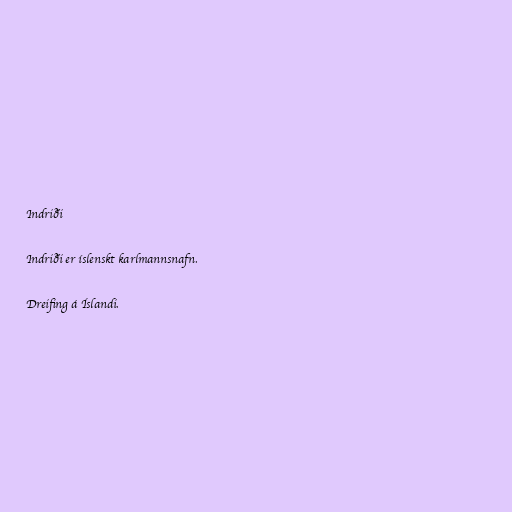
Indriði

Indriði er íslenskt karlmannsnafn.

Dreifing á Íslandi.